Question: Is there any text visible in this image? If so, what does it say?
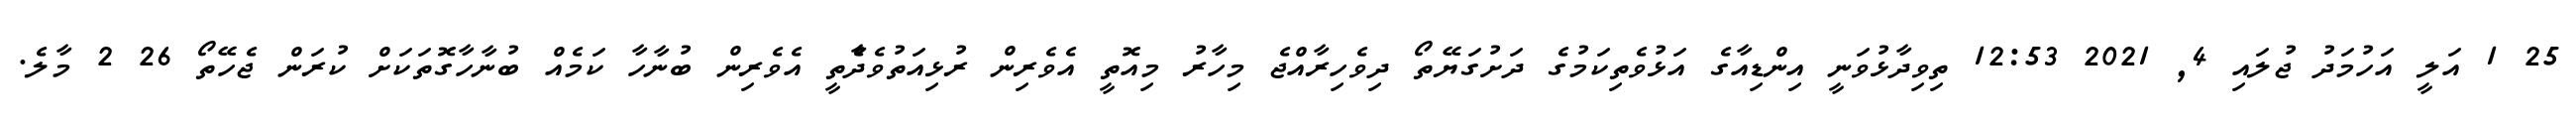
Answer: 25 1 އަލީ އަހުމަދު ޖުލައި 4, 2021 12:53 ތިވިދާޅުވަނީ އިންޑިއާގެ އަޅުވެތިކަމުގެ ދަށުގަޔޭތޯ ދިވެހިރާއްޖެ މިހާރު މިއޮތީ އެވެރިން ރުޅިއަތުވެދާެތީ އެވެރިން ބުނާހާ ކަމެއް ބުނާހާގޮތަކަށް ކުރަން ޖެހޭތޯ 26 2 މާލެ.